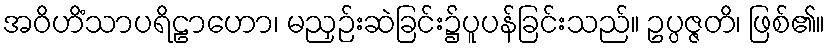
အဝိဟိံသာပရိဠာဟော၊ မညှဉ်းဆဲခြင်း၌ပူပန်ခြင်းသည်။ ဥပ္ပဇ္ဇတိ၊ ဖြစ်၏။